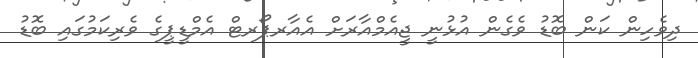
ދިވެހިން ކަން ބޮޑު ވެެގެން އުޅުނީ ޖީއެމްއާރަށް އެެއާރޕޯރޓް އެމްޑީޕީގެ ވެރިކަމުގައި ބޮޑު